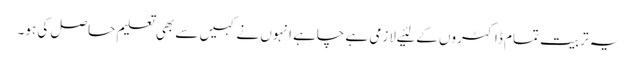
یہ تربیت تمام ڈاکٹروں کے لئیے لازمی ہے چاہے انہوں نے کہیں سے بھی تعلیم حاصل کی ہو۔